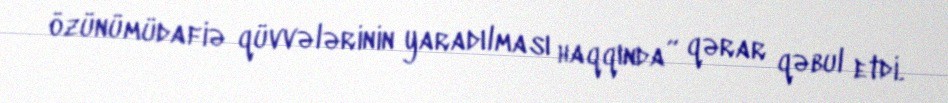
özünümüdafiə qüvvələrinin yaradılması haqqında” qərar qəbul etdi.